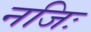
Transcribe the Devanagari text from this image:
नजिः